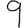
Digit: 9